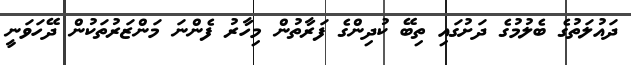
ދައުލަތުގެ ބެލުމުގެ ދަށުގައި ތިބޭ ކުދިންގެ ފަރާތުން މިހާރު ފެންނަ މަންޒަރުތަކުން ދޭހަވަނީ